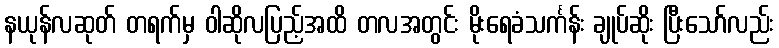
နယုန်လဆုတ် တရက်မှ ဝါဆိုလပြည့်အထိ တလအတွင်း မိုးရေခံသင်္ကန်း ချုပ်ဆိုး ပြီးသော်လည်း